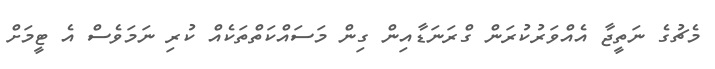
މެޗުގެ ނަތީޖާ އެއްވަރުކުރަން ގްރަނަޑާއިން ގިން މަސައްކަތްތަކެއް ކުރި ނަމަވެސް އެ ޓީމަށް